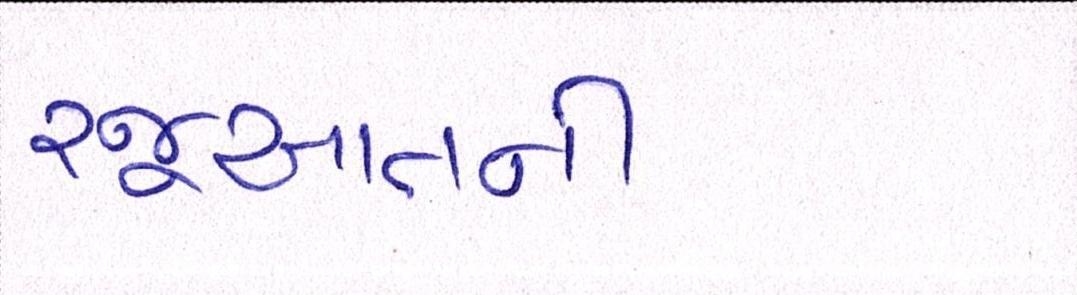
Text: રજૂઆતની